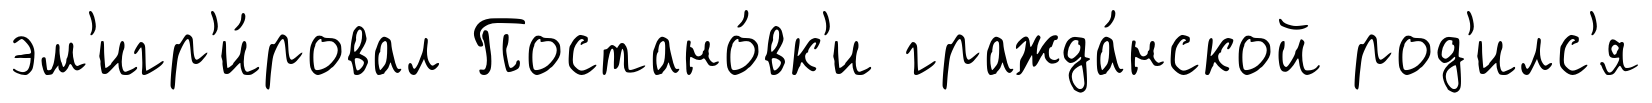
эм'игр'и́ровал Постано́вк'и гражда́нской род'илс'я